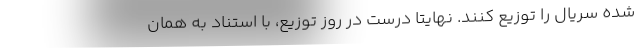
شده سریال را توزیع کنند. نهایتاً درست در روز توزیع، با استناد به همان